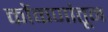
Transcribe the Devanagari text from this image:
कोंकणांतून